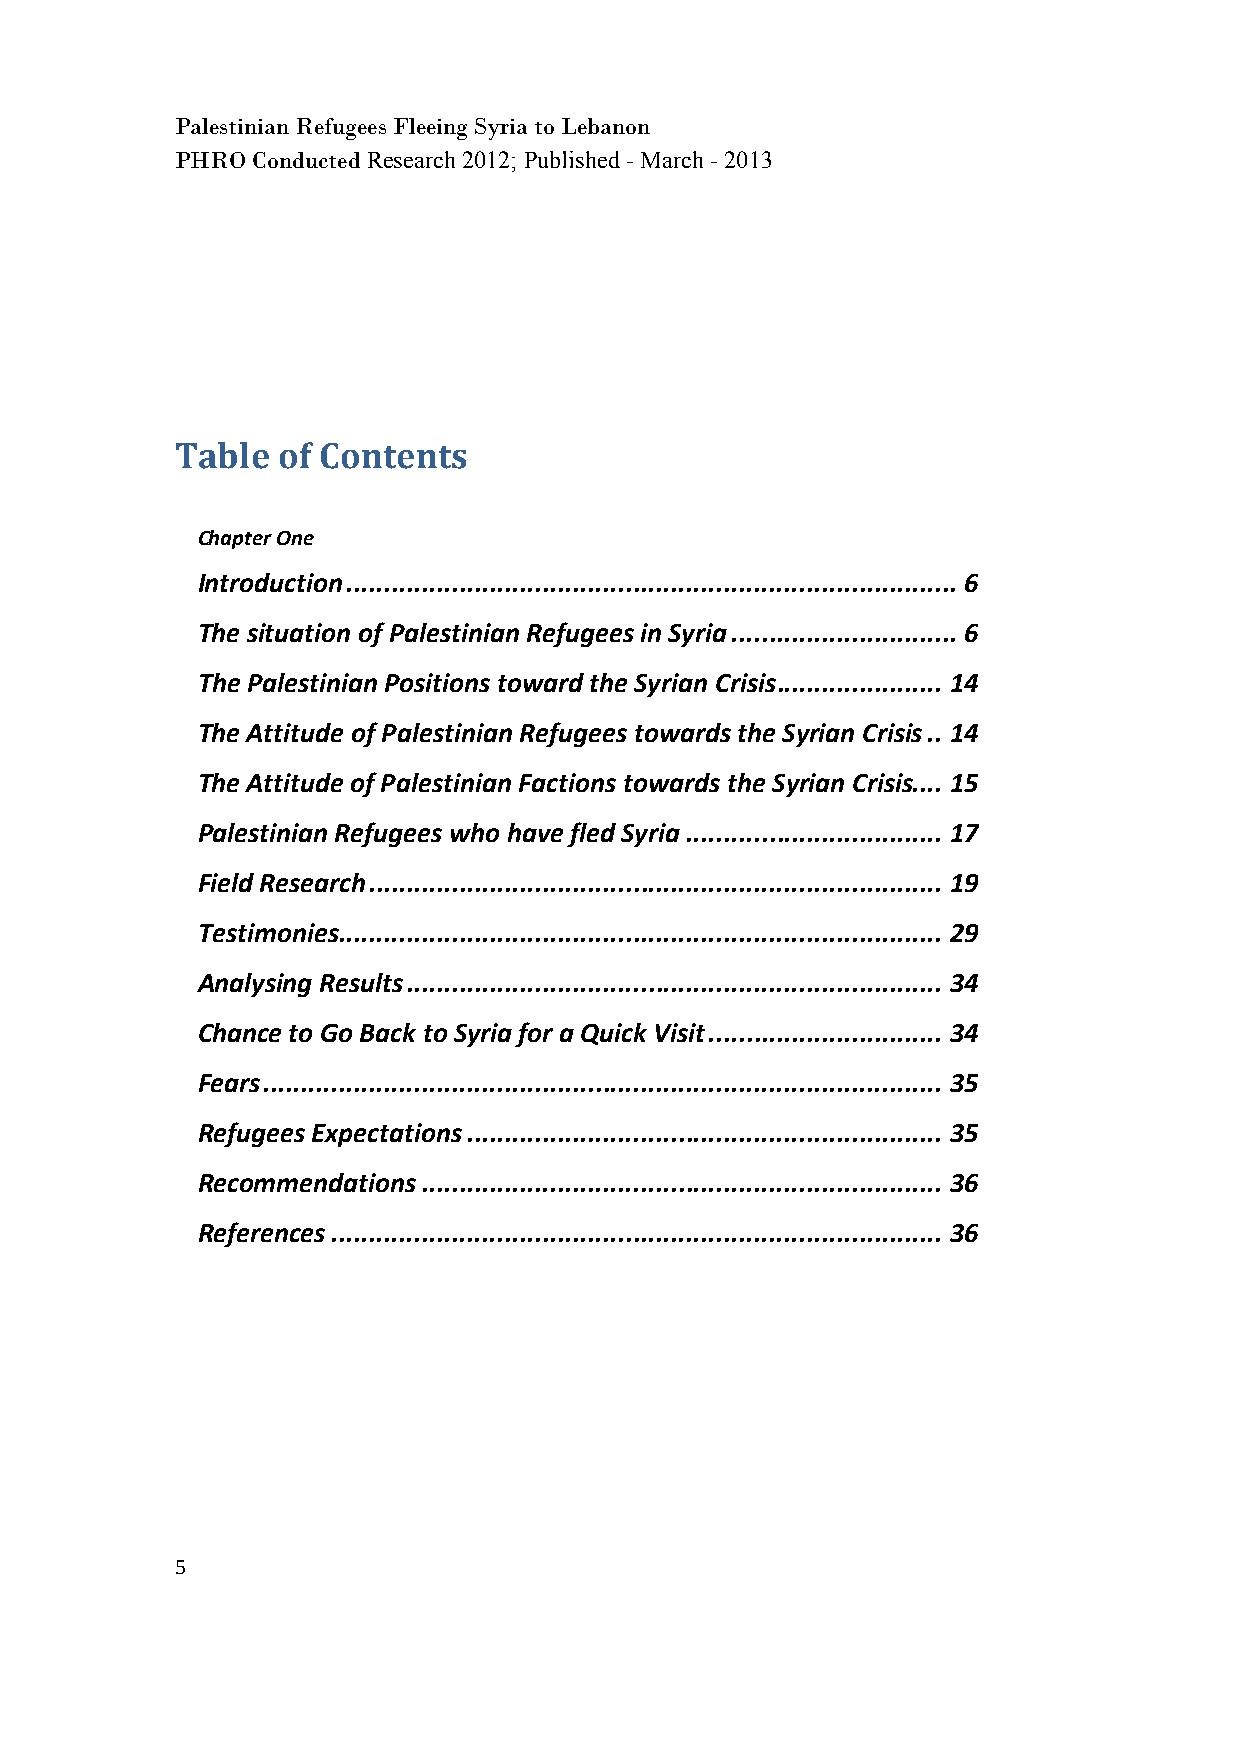
Palestinian Refugees Fleeing Syria to Lebanon
 PHRO Conducted Research 2012; Published - March - 2013
 Table of Contents
 Chapter One
 Introduction ................................................................................. 6
 The situation of Palestinian Refugees in Syria .............................. 6
 The Palestinian Positions toward the Syrian Crisis ...................... 14
 The Attitude of Palestinian Refugees towards the Syrian Crisis .. 14
 The Attitude of Palestinian Factions towards the Syrian Crisis .... 15
 Palestinian Refugees who have fled Syria .................................. 17
 Field Research ............................................................................ 19
 Testimonies ................................................................................ 29
 Analysing Results ....................................................................... 34
 Chance to Go Back to Syria for a Quick Visit ............................... 34
 Fears .......................................................................................... 35
 Refugees Expectations ............................................................... 35
 Recommendations ..................................................................... 36
 References ................................................................................. 36
 5